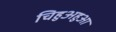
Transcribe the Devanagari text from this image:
चिहुअहुआ